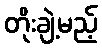
တိုးချဲ့မည့်